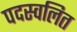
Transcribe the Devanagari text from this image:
पदस्वलित